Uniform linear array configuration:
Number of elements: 16
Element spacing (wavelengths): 1
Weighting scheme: exponential
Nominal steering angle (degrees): -30
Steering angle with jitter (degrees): -30.771
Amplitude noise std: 0.05
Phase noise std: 0.05

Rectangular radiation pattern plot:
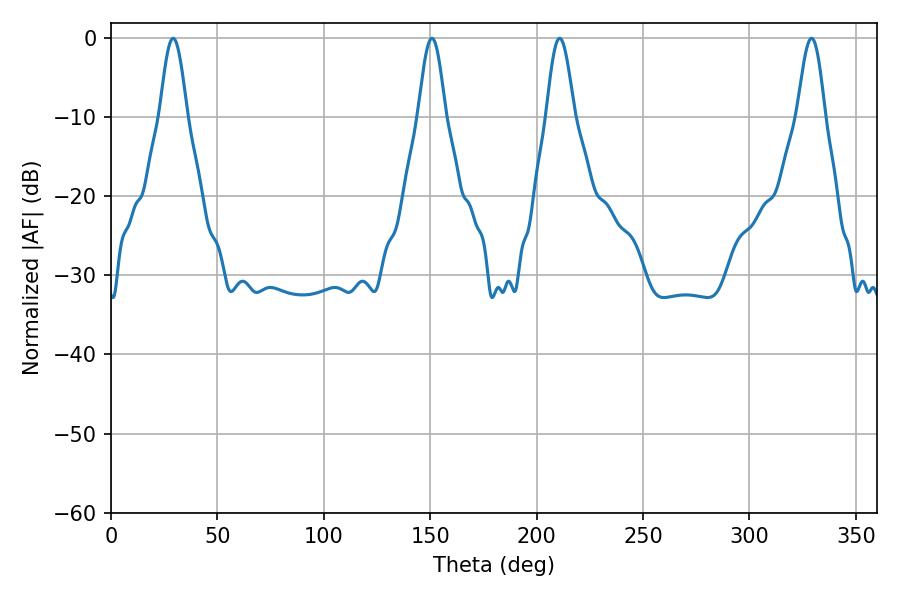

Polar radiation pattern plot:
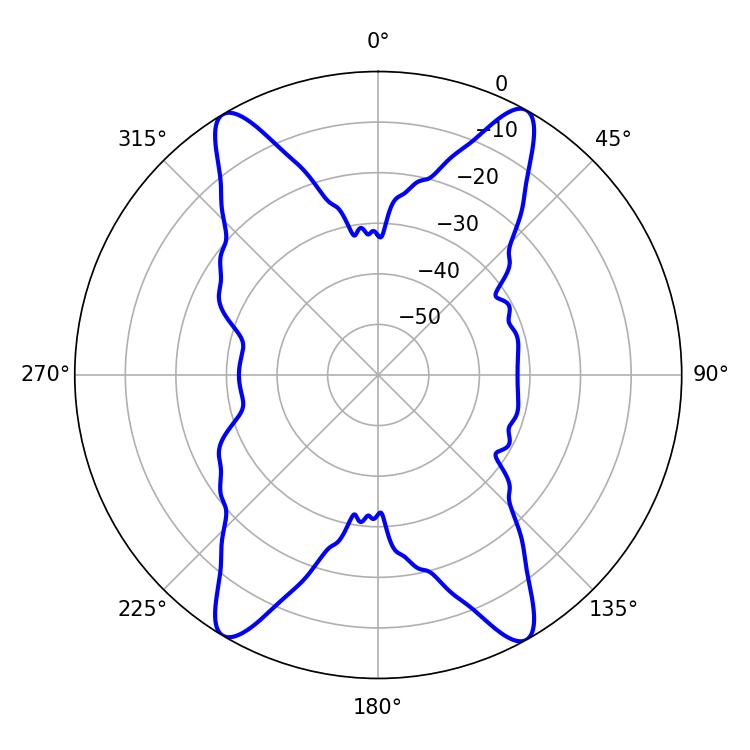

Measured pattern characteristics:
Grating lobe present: TRUE
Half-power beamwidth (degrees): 7.02
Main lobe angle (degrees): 210.78